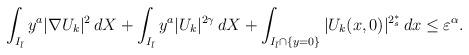
LaTeX: \begin{align*}\int_{I_{\bar{l}}}{y^a|\nabla U_k|^2\,dX}+\int_{I_{\bar{l}}}{y^a|U_k|^{2\gamma}\,dX}+\int_{I_{\bar{l}}\cap\{y=0\}}{|U_k(x,0)|^{2^*_s}\,dx}\leq \varepsilon^\alpha .\end{align*}